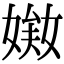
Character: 𡟘